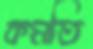
কমতি